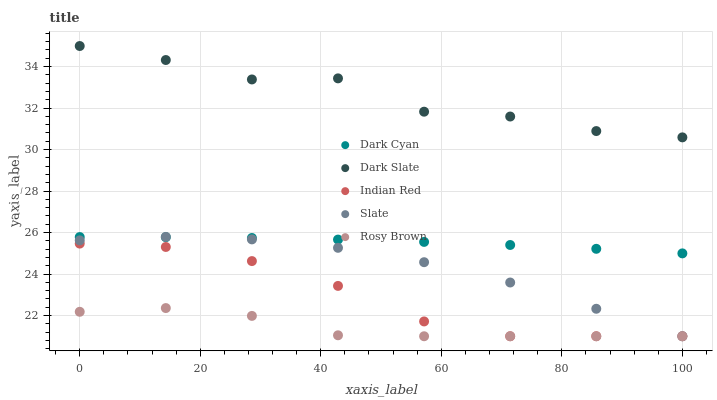
| xaxis_label | Dark Cyan | Dark Slate | Indian Red | Slate | Rosy Brown |
 | --- | --- | --- | --- | --- | --- |
 | 0 | 25.8 | 35 | 25.5 | 25.6 | 22.2 |
 | 14.3 | 25.8 | 34.3 | 25.3 | 25.8 | 22.4 |
 | 28.6 | 25.7 | 33.4 | 24.6 | 25.7 | 22 |
 | 42.9 | 25.7 | 33.4 | 23.4 | 25.3 | 21 |
 | 57.1 | 25.5 | 31.8 | 21.7 | 24.6 | 21 |
 | 71.4 | 25.4 | 31.6 | 21 | 23.6 | 21 |
 | 85.7 | 25.2 | 30.9 | 21 | 22.3 | 21 |
 | 100 | 25 | 30.6 | 21 | 21 | 21 |